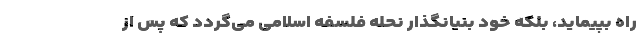
راه بپیماید، بلکه خود بنیانگذار نحله فلسفه اسلامی می‌گردد که پس از